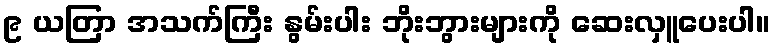
၉ ယတြာ အသက်ကြီး နွမ်းပါး ဘိုးဘွားများကို ဆေးလှူပေးပါ။